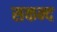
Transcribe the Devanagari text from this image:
सकन्द